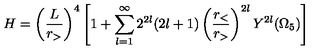
H = \left( \frac { L } { r _ { > } } \right) ^ { 4 } \left[ 1 + \sum _ { l = 1 } ^ { \infty } 2 ^ { 2 l } ( 2 l + 1 ) \left( \frac { r _ { < } } { r _ { > } } \right) ^ { 2 l } Y ^ { 2 l } ( \Omega _ { 5 } ) \right]